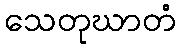
သေတုဃာတံ